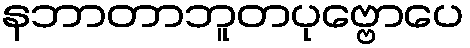
နဘာတာဘူတပုဗ္ဗောပေ